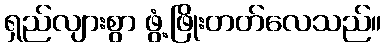
ရှည်လျားစွာ ဖွံ့ဖြိုးတတ်လေသည်။